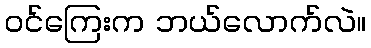
ဝင်ကြေးက ဘယ်လောက်လဲ။